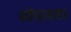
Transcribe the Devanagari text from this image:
सोंथायमर